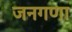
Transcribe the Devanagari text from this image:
जनगणा